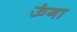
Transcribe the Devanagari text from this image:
ऊंगा